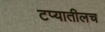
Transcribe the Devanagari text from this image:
टप्यातीलच